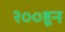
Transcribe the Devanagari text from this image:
२००हून